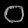
Digit: ၀